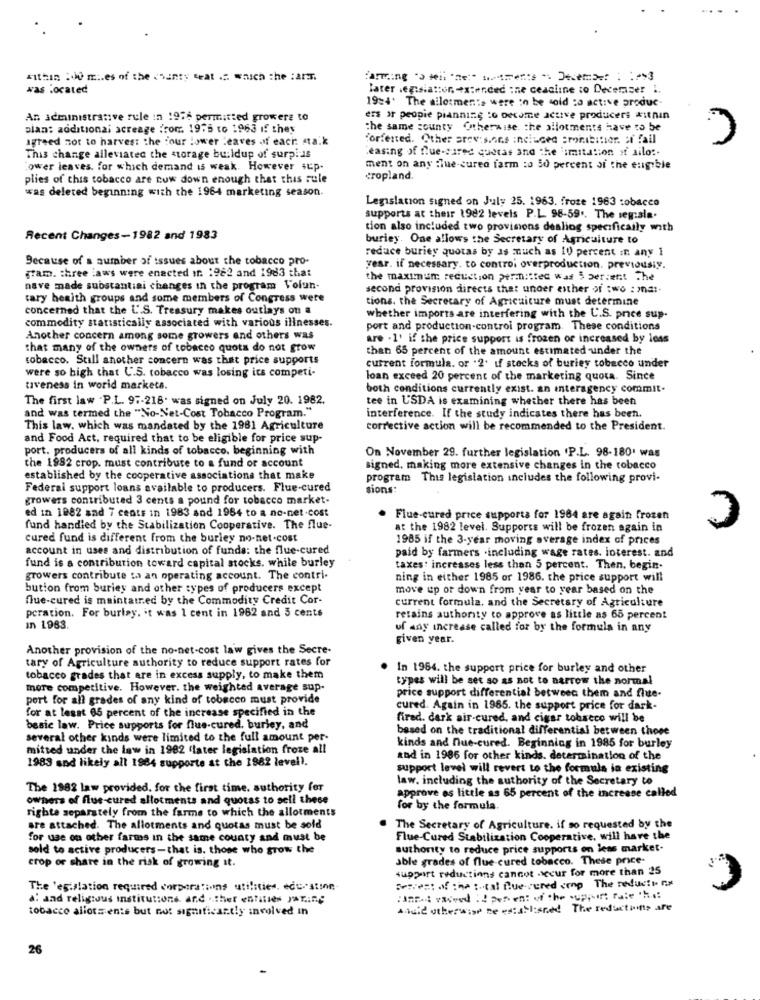
within 200 m .. es of the (hinty teat .. which the :an.
was located
later .egtsiattor. extended :ne ceacline :o December i.
19:4. The allotments were to be sold to active produc-
An administrative rule in 1956 permitted growers to
ers or people pianning :o become active producers within
plan: additional acreage from 1975 to 1963 if they
the same county Otherwise, the allotments have to be
agreed not to harvest the four lower leaves of each ata.k
forfeited. Other srov;s.ons included prohibition. af fail
Leasing of flue-sured quotas and the 'imitation of ailo :.
This change alleviatec the storage buildup of surp !- Js
ower leaves. for which demand is weak. However sup-
ment on any flue-cured farm to 50 percent of the eligible
plies of this tobacco are now down enough that this rule
cropland.
was deleted beginning with the 1964 marketing season.
Legislation signed on July 25. 1963. froze 1963 tobacco
supports at their 1982 levels P.L. 98-59 .. The seg:sia.
tion also included two provisions dealing specifically with
Recent Changes-1982 and 1983
buriey. One allows the Secretary of Agriculture to
reduce buriey quotas by as much as 10 percent in any 1
Because of a number of issues about the tobacco pro-
year. if necessary. to controi overproduction. previousiy.
gram. three laws were enacted in '982 and 1983 that
the maximum reduction permitted was 5 percent The
nave made substantial changes in the program Volun-
second provision directs that under esther of two : ma :.
cary heaith groups and some members of Congress were
tions. the Secretary of Agriculture must determine
concerned that the U.S. Treasury makes outlays on a
commodity statistically associated with various illnesses.
whether imports are interfering with the U.S. price sup.
port and production-controi program. These conditions
Another concern among some growers and others was
are . 1' if the price support is frozen or increased by less
that many of the owners of tobacco quota do not grow
than 65 percent of the amount estimated under the
tobacco. Still another concern was that price supports
were so high that U.S. tobacco was losing its competi-
current formula. or .2. if stocks of buriey tobacco under
loan exceed 20 percent of the marketing quota. Since
tiveness in world markets.
both conditions currently exist. an interagency commit-
The first law .P.L. 97-218. was signed on July 20. 1982.
tee in U'SDA is examining whether there has been
and was termed the "No-Net-Cost Tobacco Program."
interference. If the study indicates there has been.
This law. which was mandated by the 1981 Agriculture
corrective action will be recommended to the President.
and Food Act. required that to be eligible for price sup-
port. producers of all kinds of tobacco. beginning with
On November 29. further legislation 'P.L. 98-180' was
the 1982 crop. must contribute to a fund or account
signed. making more extensive changes in the tobacco
established by the cooperative associations that make
program This legislation includes the following provi-
Federal support loans available to producers. Flue-cured
sions
growers contributed 3 cents a pound for tobacco market-
ed in 1982 aad 7 cents in 1983 and 1964 to a no-net-cost
. Flue-cured price supporta for 1984 are again frozen
fund handled by the Stabilization Cooperative. The flue-
at the 1982 level. Supports will be frozen again in
cured fund is different from the burley no-net-cost
1985 if the 3-year moving average index of prices
account in uses and distribution of funds: the flue-cured
paid by farmers .including wage rates. interest. and
fund is a contribution toward capital stocks. while burley
taxes. increases less than 5 percent. Then, begin-
growers contribute to an operating account. The contri-
ning in either 1985 or 1986. the price support will
bution from burley and other types of producers except
move up or down from year to year based on the
flue-cured is maintained by the Commodity Credit Cor-
current formula, and the Secretary of Agriculture
peration. For burlay. it was 1 cent in 1962 and 3 cents
retains authority to approve as little as 65 percent
In 1963.
uf any increase called for by the formula in any
given year.
Another provision of the no-net-cost law gives the Secre-
tary of Agriculture authority to reduce support rates for
In 1984. the support price for burley and other
tobacco grades that are in excess supply, to make them
types will be set so as not to narrow the normal
more competitive. However, the weighted average sup.
port for all grades of any kind of tobacco must provide
price support differential between them and flue-
for at lesat 65 percent of the increase specified in the
cured. Again in 1985. the support price for dark-
fired. dark air-cured, and cigar tobseco will be
besic law. Price supports for flue-cured, burley, and
based on the traditional differential between those
several other kinds were limited to the full amount per-
kinds and nue-cured. Beginning in 1985 for burley
mitted under the law in 1982 (later legislation froze all
1983 and likely all 1984 supporte at the 1982 level).
and in 1986 for other kinds. determination of the
support level will revert to the formula in existing
law. including the authority of the Secretary to
The 1982 law provided, for the first time. authority for
approve os little as 65 percent of the increase called
owners of flue-cured allotments and quotas to sell these
righte separately from the farme to which the allotments
for by the formula.
are attached. The allotments and quotas must be sold
The Secretary of Agriculture. if so requested by the
for use on other farms in the same county and must be
Flue-Cured Stabilization Cooperative, will have the
sold to active producers-that is. those who grow the
authority to reduce price supports on leas market-
crop or share in the risk of growing it.
able grades of flue cured tobacco. These price-
support reductions cannot occur for more than 25
Beivest of the total flue-vered conp The reducti nix
The 'egislation required corporations utilities. edu. stine
a: and religious institutions and .. ther entities yAring
tobacco allots ents but not significantly involved in
Anule otherwise be established The reductions are
26